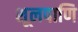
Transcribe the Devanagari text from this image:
शूलपाणि